Civil Veterinary Department Bihar & Orissa reports 1922-29 - 1922-1929
Year: 1922
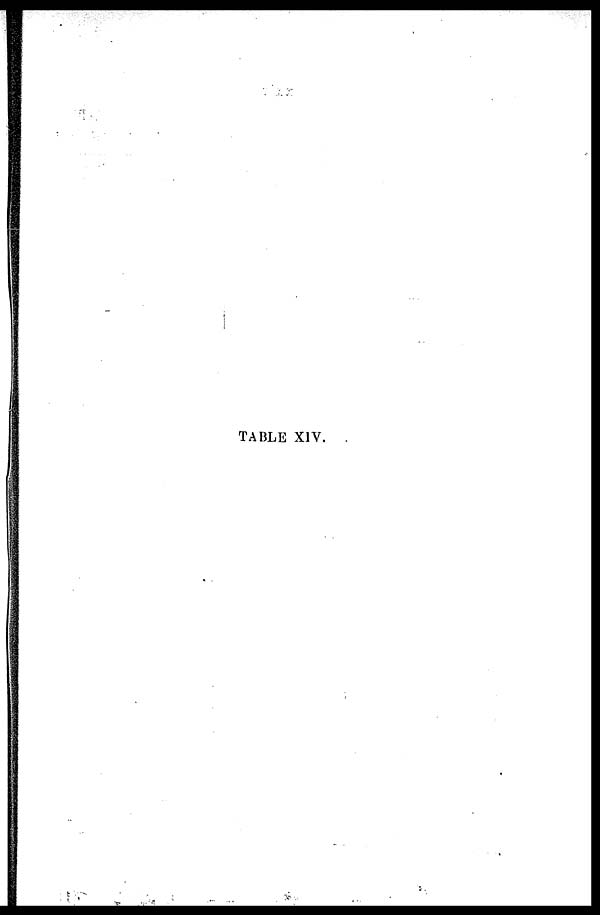
TABLE XIV.